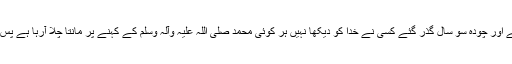
سب نے کہا خدا ہے اور چودہ سو سال گذر گئے کسی نے خدا کو دیکھا نہیں ہر کوئی محمد صلی اللہ علیہ وآلہ وسلم کے کہنے پر مانتا چلا آرہا ہے پس یہ عقیدہ ایمان ہے۔